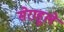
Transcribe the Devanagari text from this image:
सेराहूले